Leaving Certificate Examination, 1925
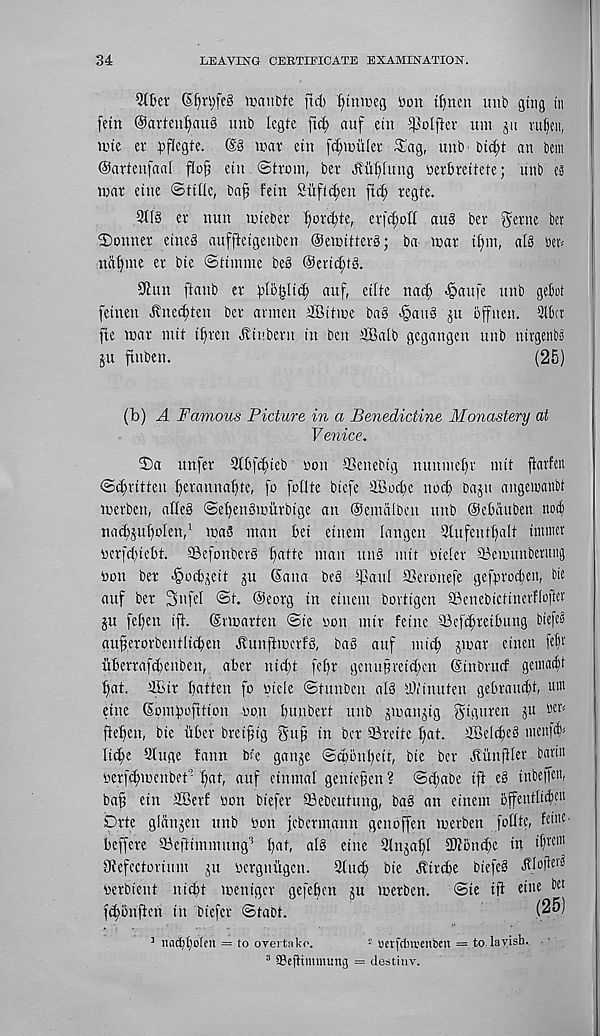
34
LEAVING CERTIFICATE EXAMINATION.
$ljer (£f)rt;fe§ man Me fnt ^tnmeg iion itjnen unb gtng in
[etn @artenf)«u§ unb legte ftc^ auf etn ^olfter um ju ruficii,
mte ev pflegte. @g mar etn fdjmiilet ^ag, unb bic^t an bem
©artenfaal flo^ etu ©trout, ber Jtu[)fung oerbrettete; unb es
mar cine ©title, ba^ fein £uftct;en ftd; regte.
2tlg er nun mteber f)orct)te, er|ct;oft au§ ber ^ertte ber
Conner eine§ auffteigenben ©emitters; ba mar il^m, als ben
na^nte er bie ©tumnc beS @erict;tS.
SRun ftanb er ^to^Iid) auf, eitte nacf; Jpattfe unb gebot
feinen jvttecf)ten ber annen ilBitme bag <§auS p bffneu. 3U'cv
fte mar mit t^rctt ^inbern in ben ifflatb gegangen unb nirgetibi
ju ftttben.
(25)
(b) A Famous Picture in a Benedictine Monastery at
Venice.
3)a unfer 2l6[c(ueb Don SSenebig nttntue^r init ftarfen
©Written ^erantta^te, fo foflte btefe 2Bod;e noct) baju angetoanbi
merben, atteS ©e^enSmiirbtge an ©etnalben unb ©cbauben noib
nacb^ufolen, 1 maS man bet etnem langen 3tufentt)alt tnutier
oer|'d ; 'iebt. SBefonberS l)atte man unS mit oieter SBenutttberuiig
Don ber -§ocbgeit gu (Sana beS tpaut SSevonefe gefprocbett, bit
auf ber 3ufef ©t. ©eorg in etnent bortigen SBenebictttterflojler
ju fet)en ift. ©rmarten ©te oon mtr feine SBeft^retbung btefe^
auferorbentticben JlunftmcrfS, ba§ auf int^ jmar einett W
uberrafdjenben, aber nicft fet)r genufretcfcn ©tnbrucf gemaclt
flat, ffiir batten fo oicle ©tunben alS yJiinuten gebrauct)t, um
etnc (Sombofition oon buubert unb jmanjig giguren git ben
fteben, bie iiber breifig guf in ber SBreite but. SBeltbeS menf^
litbe yfuge fann Me gauge ©cbbitbeir, bte ber Jfunftler barttt
oerfebmenbet’ bat, auf eintnal gentefen? @(J;abe ift e§ ittbeifen,
baf ein SBerf oon biefer SBebeutung, ba§ an einem bffentli^eu
Drte glangen unb Oon icbermann genoffen merben fottte, fci lic -
beffere SBeftimmung 3 b a 5 at§ etne Qlngabl 3)tond}e in ttircm
Otefectorium gu oergnugen.
Stiub Die Jftnbe btefcS
oerbient ni^t mcniger gefeben gu merben.
©ie iff ef lie ^c t
ftbbrijfett in biefer ©taot.
(25)
1 nact)t)o(cn = to oyertako.
2 oerfdnvenbcn = to lavish. ■ '
3 SBcffimmiing = destiny.